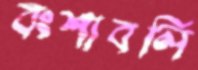
বংশাবলি